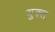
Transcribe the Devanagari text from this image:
युक्त्त